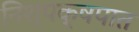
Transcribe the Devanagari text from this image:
निश्पक्षपात